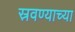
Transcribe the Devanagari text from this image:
स्रवण्याच्या